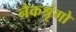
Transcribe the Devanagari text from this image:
नैकश्रृंगो